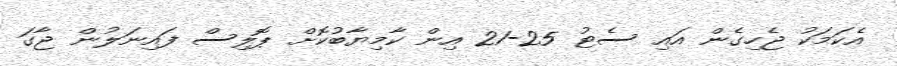
އެކަމަކު ޖެހިގެން އައި ސެޓު 25-21 އިން ކާމިޔާބުކޮށް ޕޮލިސް ފައިނަލުން ޖާގަ